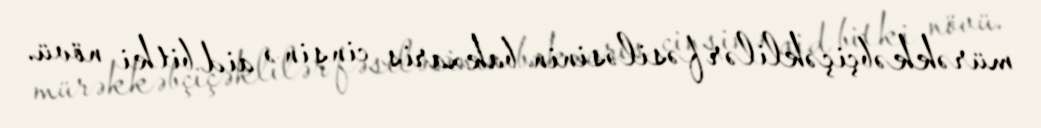
mürəkkəbçiçəklilər fəsiləsinin bakxaris cinsinə aid bitki növü.